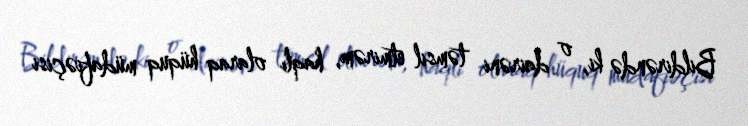
Bildirəndə ki, o dairəni təmsil etmirəm, haqlı olaraq hüquq müdafiəçisi